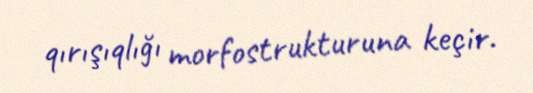
qırışıqlığı morfostrukturuna keçir.